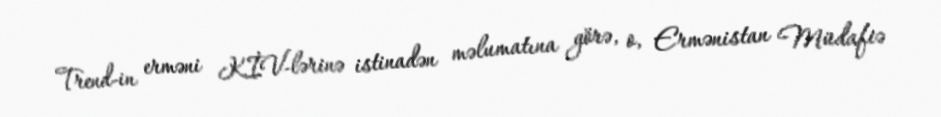
Trend-in erməni KİV-lərinə istinadən məlumatına görə, o, Ermənistan Müdafiə